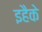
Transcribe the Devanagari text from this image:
इहैके